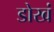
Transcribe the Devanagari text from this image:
डोखं